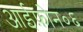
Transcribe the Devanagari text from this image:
आईफ़ोन०६